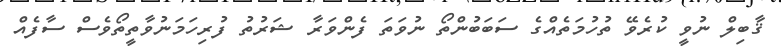
ޤާބިލް ނުވީ ކުރެވޭ ތުހުމަތެއްގެ ސަބަބުންތޯ ނުވަތަ ފެންވަރާ ޝަރުތު ފުރިހަމަނުވާތީތޯވެސް ސާފެއް